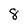
Character: 8